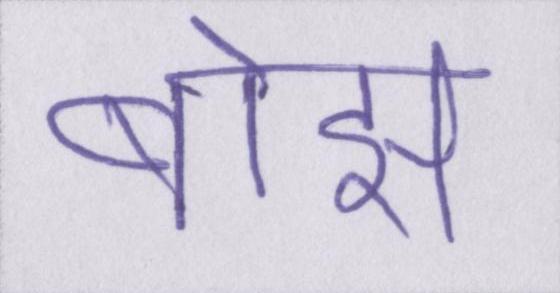
बोझ